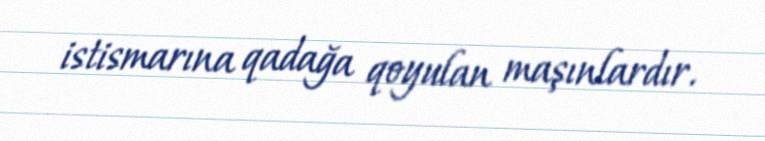
istismarına qadağa qoyulan maşınlardır.